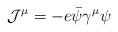
LaTeX: \begin{align*}{\cal J}^\mu = - e \bar{\psi} \gamma^\mu \psi\end{align*}